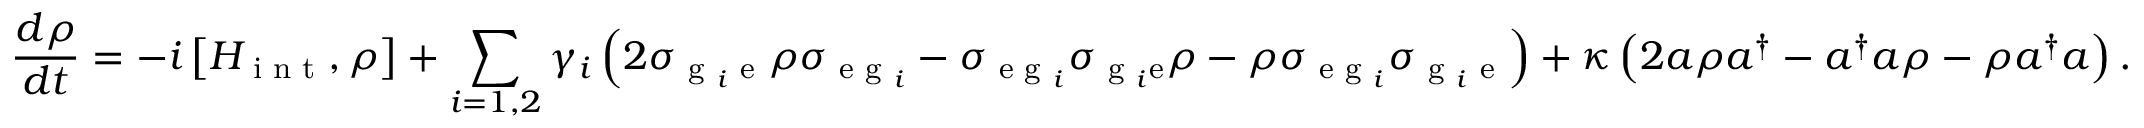
\frac { d \rho } { d t } = - i \left[ H _ { \textrm { i n t } } , \rho \right] + \sum _ { i = 1 , 2 } { \gamma _ { i } \left( 2 \sigma _ { \textrm { g } _ { i } \textrm { e } } \rho \sigma _ { \textrm { e g } _ { i } } - \sigma _ { \textrm { e g } _ { i } } \sigma _ { \textrm { g } _ { i } \mathrm { e } } \rho - \rho \sigma _ { \textrm { e g } _ { i } } \sigma _ { \textrm { g } _ { i } \textrm { e } } \right) } + \kappa \left( 2 a \rho a ^ { \dagger } - a ^ { \dagger } a \rho - \rho a ^ { \dagger } a \right) .